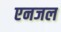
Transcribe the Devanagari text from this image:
एनजल